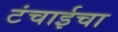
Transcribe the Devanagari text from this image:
टंचाईचा